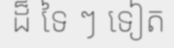
ដ៏ ទៃ ៗ ទៀត